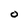
Character: O